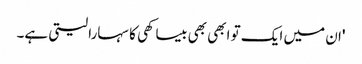
'ان میں ایک تو ابھی بھی بیساکھی کا سہارا لیتی ہے۔